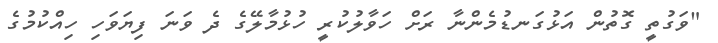
"ވަގުތީ ގޮތުން އަޅުގަނޑުމެންނާ ރަށް ހަވާލުކުރީ ހުޅުމާލޭގެ ދެ ވަނަ ފިޔަވަހި ހިއްކުމުގެ